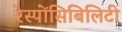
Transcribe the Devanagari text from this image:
रेस्पोंसिबिलिटी